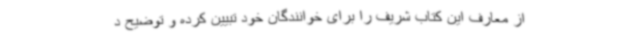
از معارف این کتاب شریف را برای خوانندگان خود تبیین کرده و توضیح د